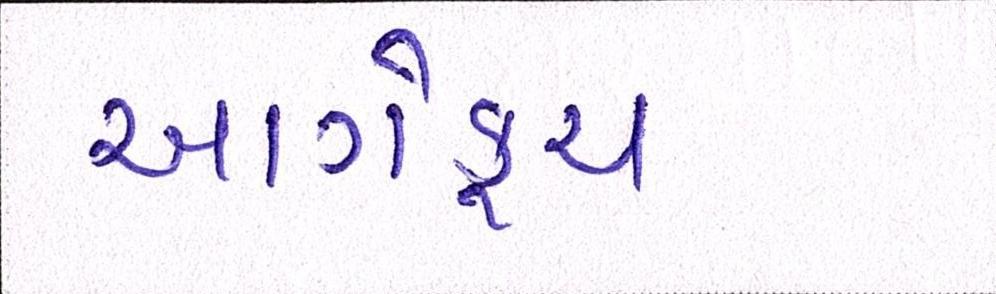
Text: આગેકૂચ